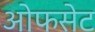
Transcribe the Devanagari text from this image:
ओफसेट